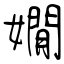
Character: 嫺